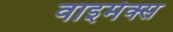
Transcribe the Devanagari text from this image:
वाइमेक्स